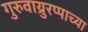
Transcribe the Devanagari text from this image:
गुरुवाय्रुरप्पाच्या